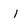
Character: l